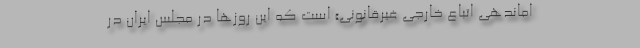
اماندهی اتباع خارجی غیرقانونی» است که این‌ روزها در مجلس ایران در